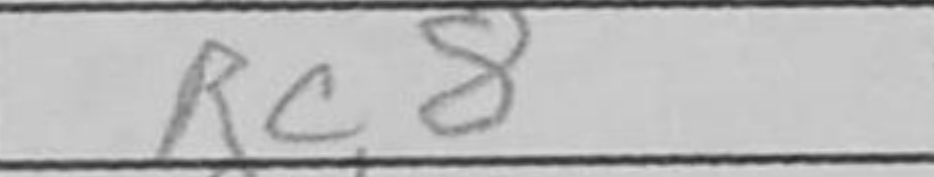
Transcription: Rc8